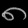
Digit: ၈